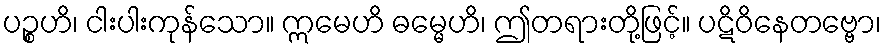
ပဉ္စဟိ၊ ငါးပါးကုန်သော။ ဣမေဟိ ဓမ္မေဟိ၊ ဤတရားတို့ဖြင့်။ ပဋိဝိနေတဗ္ဗော၊